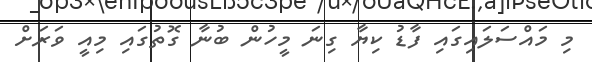
މި މައްސަލައިގައި ފާޑު ކިޔާ ގިނަ މީހުން ބުނާ ގޮތުގައި މިއީ ވަރަށް